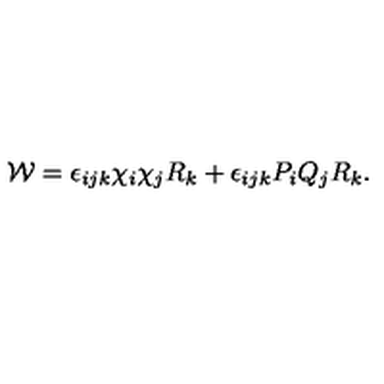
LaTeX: { \cal W } = \epsilon _ { i j k } \chi _ { i } \chi _ { j } R _ { k } + \epsilon _ { i j k } P _ { i } Q _ { j } R _ { k } .